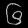
Digit: ၆